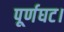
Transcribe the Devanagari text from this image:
पूर्णघट।